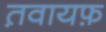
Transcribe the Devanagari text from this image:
त़वायफ़